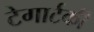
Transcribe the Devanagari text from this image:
टेगार्टकी